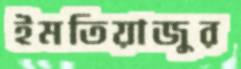
ইমতিয়াজুর